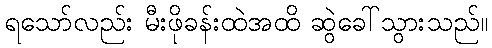
ရသော်လည်း မီးဖိုခန်းထဲအထိ ဆွဲခေါ်သွားသည်။